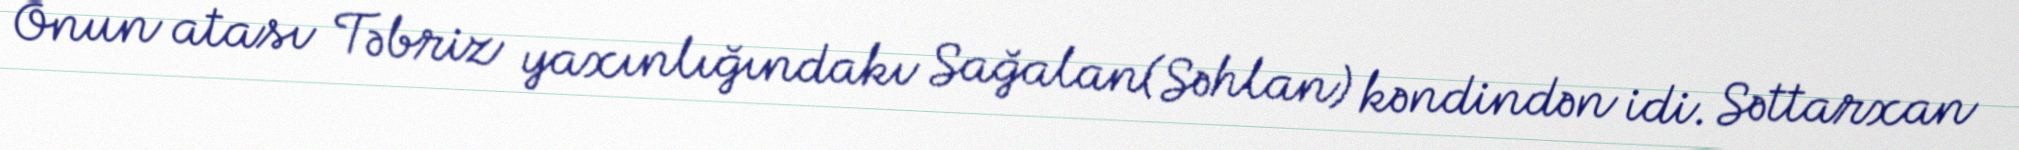
Onun atası Təbriz yaxınlığındakı Sağalan(Səhlan) kəndindən idi. Səttarxan